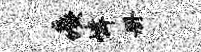
痍嶙册